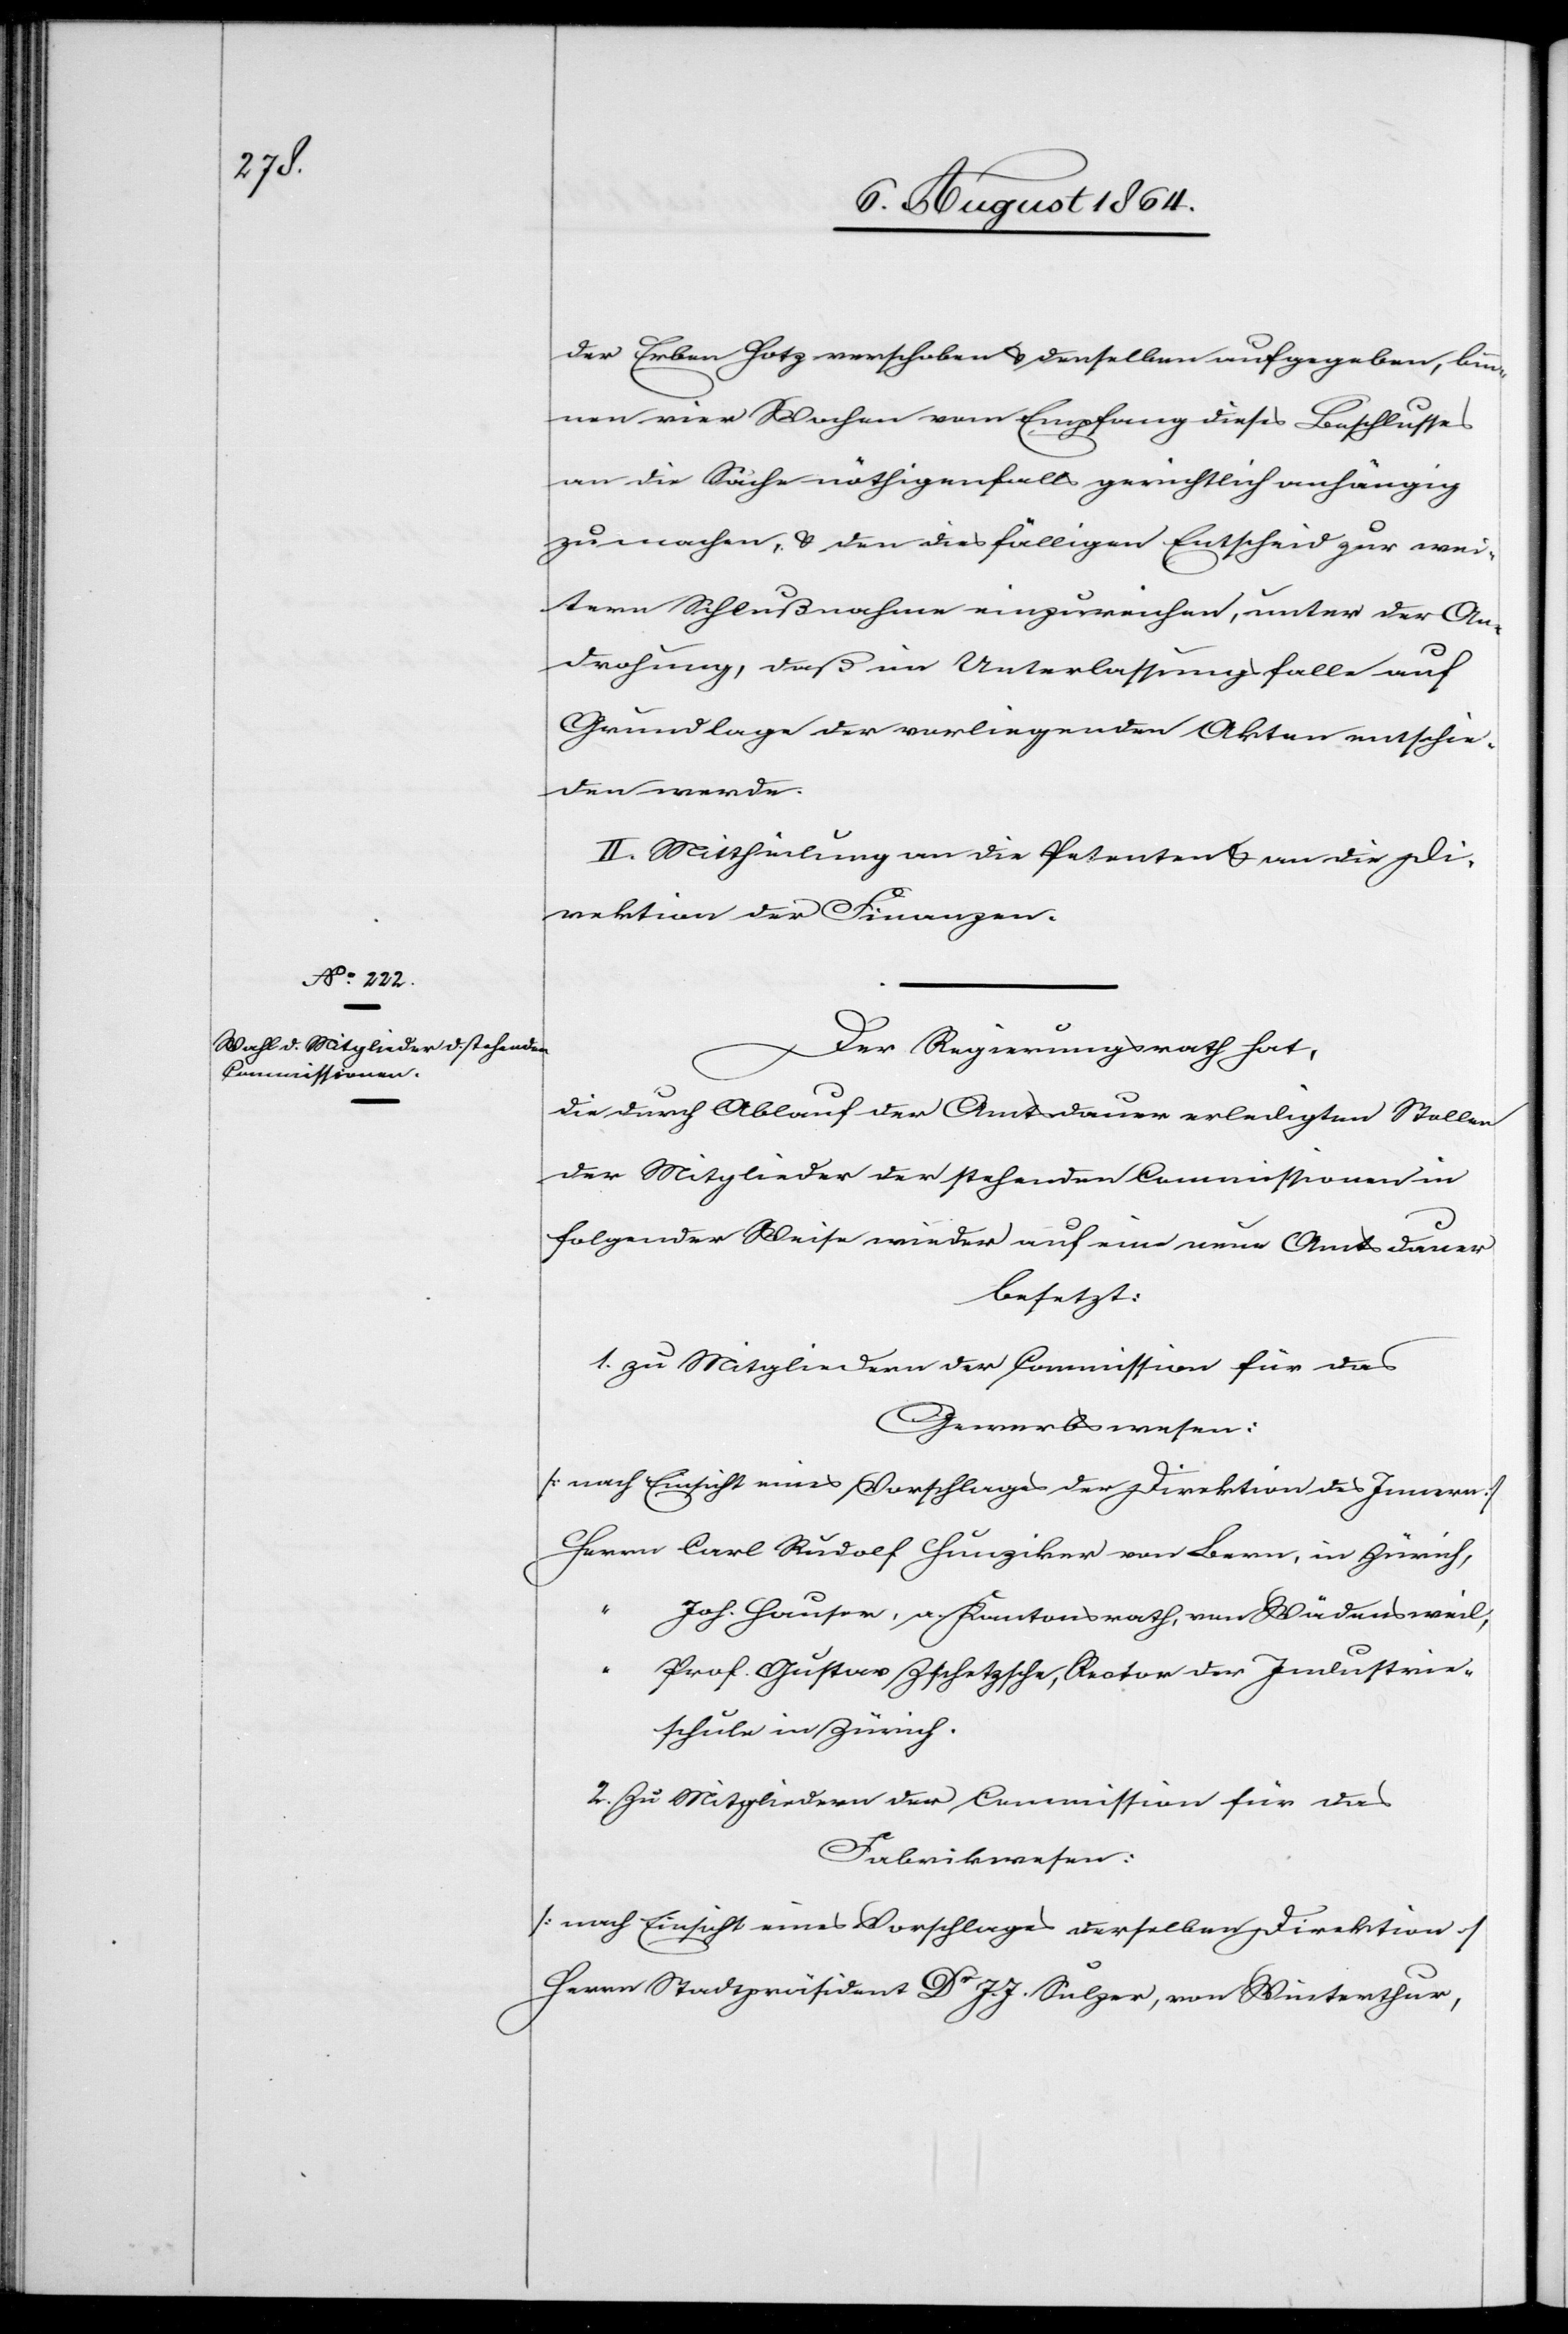
der Erben Hotz verschoben & denselben aufgegeben, bin¬
nen vier Wochen vom Empfang dieses Beschlusses
an die Sache nöthigenfalls gerichtlich anhängig
zu machen, & den diesfälligen Entscheid zur wei¬
tern Schlußnahme einzureichen, unter der An¬
drohung, daß im Unterlassungsfalle auf
Grundlage der vorliegenden Akten entschie¬
den werde.
II. Mittheilung an die Petenten & an die Di¬
rektion der Finanzen.
Der Regierungsrath hat,
die durch Ablauf der Amtsdauer erledigten Stellen
der Mitglieder der stehenden Commissionen in
folgender Weise wieder auf eine neue Amtsdauer
besetzt:
Gewerbswesen:
[nach Einsicht eines Vorschlages der Direktion des Innern]
Herrn Carl Rudolf Hunziker von Bern, in Zürich,
Joh. Hauser, a. Kantonsrath, von Wädensweil,
“
Prof. Gustav Zschetzsche, Rector der Industrie¬
schule in Zürich.
2. Zu Mitgliedern der Commission für das
Fabrikwesen:
[nach Einsicht eines Vorschlages derselben Direktion]
Herrn Stadtpräsident Dr J. J. Sulzer, von Winterthur,